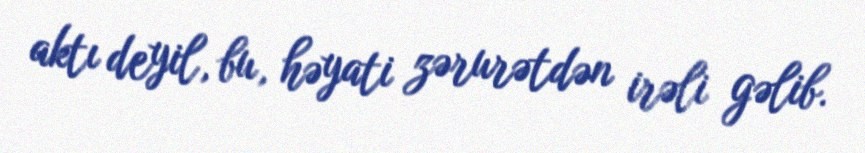
aktı deyil, bu, həyati zərurətdən irəli gəlib.